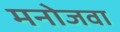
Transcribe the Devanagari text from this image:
मनोजवा